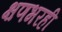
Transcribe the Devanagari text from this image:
क्षणभरही